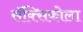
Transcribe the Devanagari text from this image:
सॅक्सिकोला